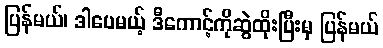
ပြန်မယ်၊ ဒါပေမယ့် ဒီကောင့်ကိုဆွဲထိုးပြီးမှ ပြန်မယ်